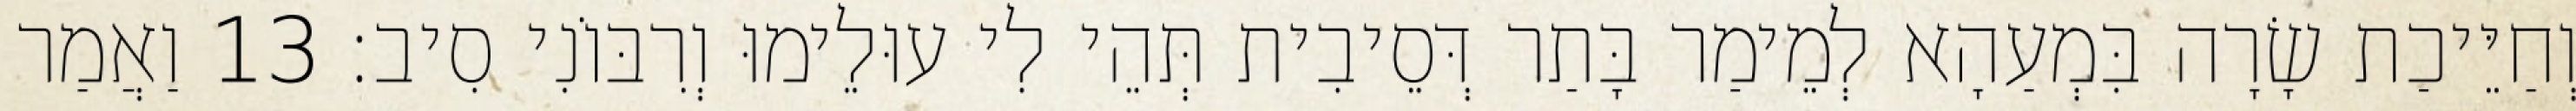
וְחַיֵּיכַת שָׂרָה בִּמְעַהָא לְמֵימַר בָּתַר דְּסֵיבִית תְּהֵי לִי עוּלֵימוּ וְרִבּוֹנִי סִיב׃ 13 וַאֲמַר